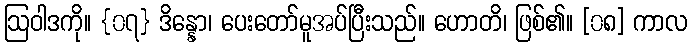
ဩဝါဒကို။ {၀၇} ဒိန္နော၊ ပေးတော်မူအပ်ပြီးသည်။ ဟောတိ၊ ဖြစ်၏။ [၀၈] ကာလ